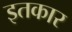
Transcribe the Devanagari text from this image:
इतकार